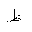
Letter: _za